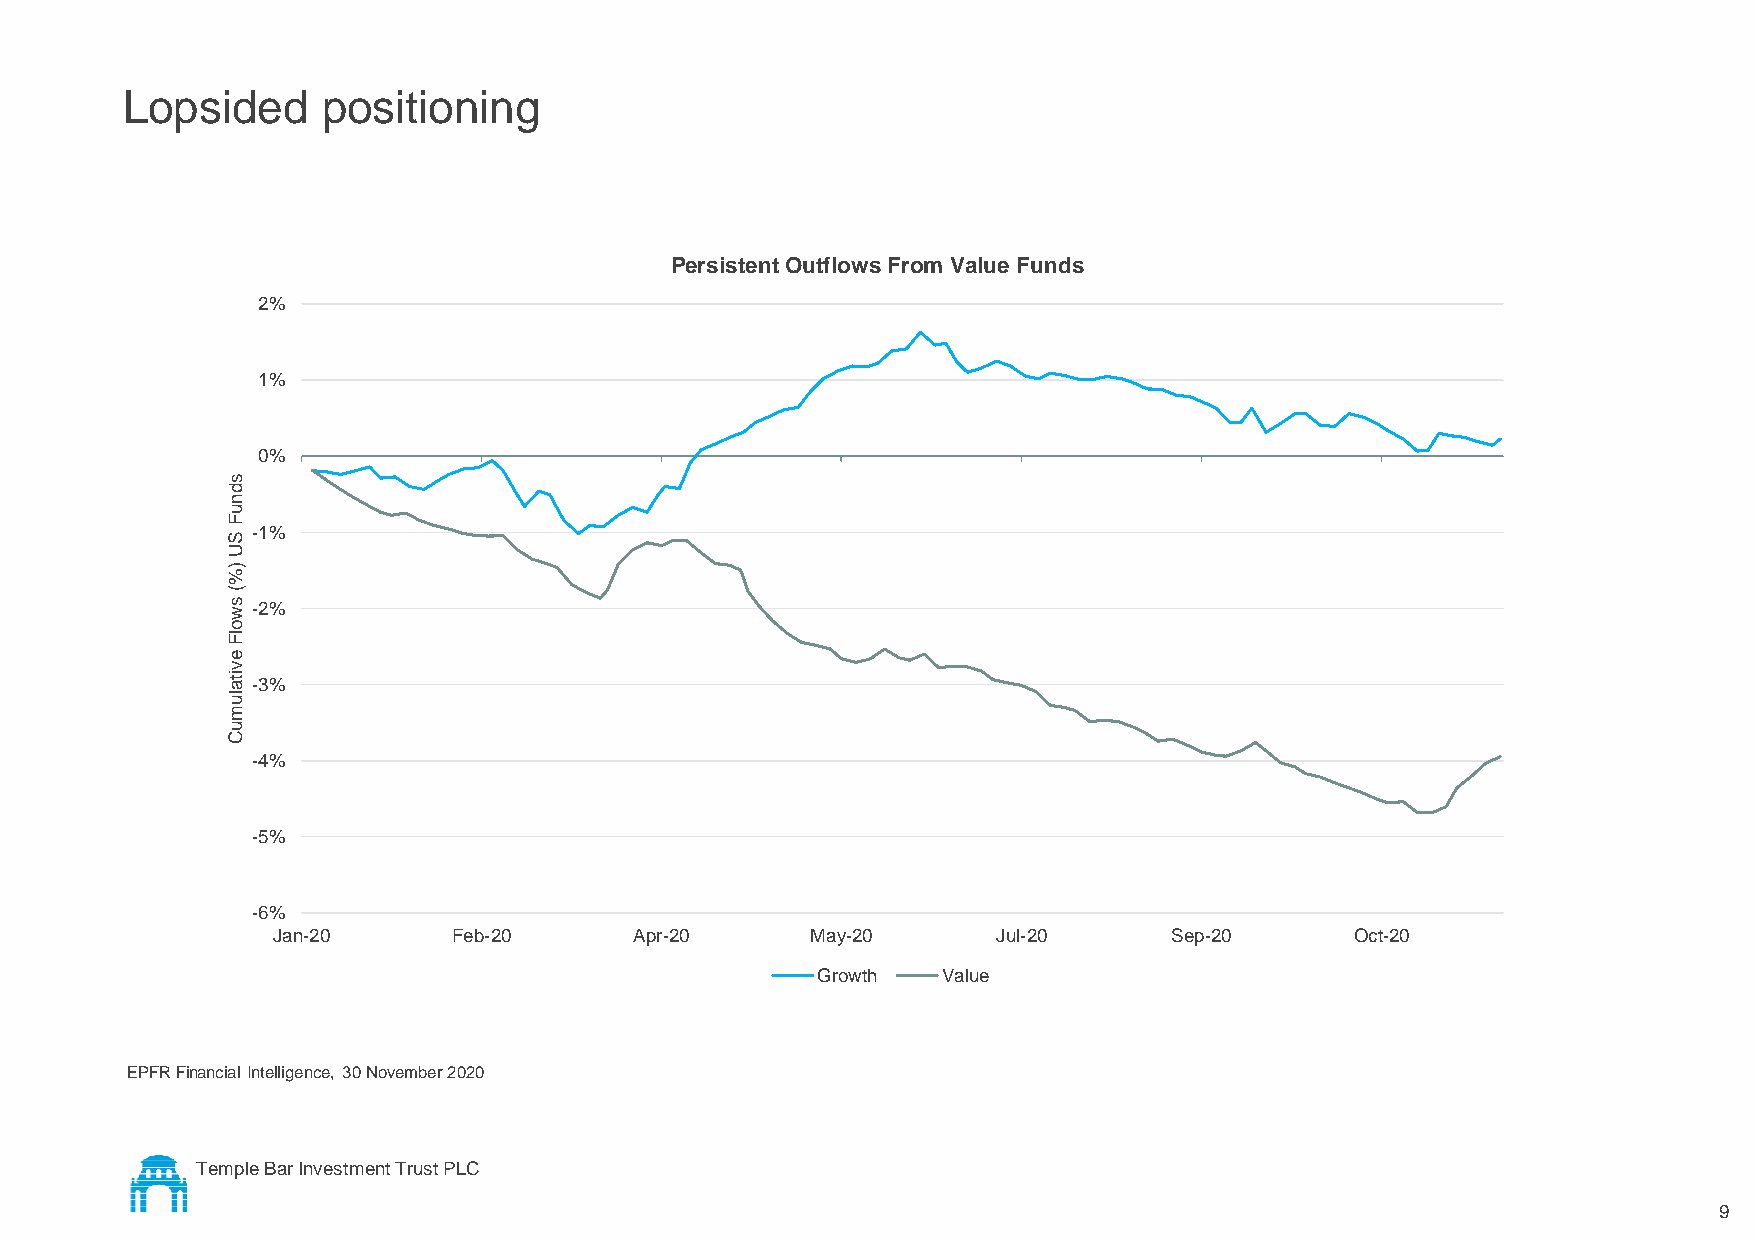
Lopsided     positioning
 Persistent Outflows From Value Funds
 2%
 1%
 0%
 s
 d
 n
 u
 F
 S
 -1%
 U
 )%
 (
 s w -2%
 o
 lF
 e
 v
 ita -3%
 lu
 m
 u
 C
 -4%
 -5%
 -6%
 Jan-20      Feb-20      Apr-20      May-20      Jul-20      Sep-20      Oct-20
 Growth  Value
 EPFR Financial Intelligence, 30 November 2020
 Temple Bar Investment Trust PLC
 9